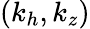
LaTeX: (k_{h},k_{z})